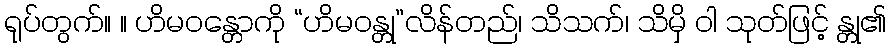
ရုပ်တွက်။ ။ ဟိမဝန္တောကို “ဟိမဝန္တု”လိန်တည်၊ သိသက်၊ သိမှိ ဝါ သုတ်ဖြင့် န္တု၏